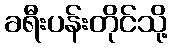
ခရီးပန်းတိုင်သို့